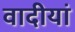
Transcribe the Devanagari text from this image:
वादीयां